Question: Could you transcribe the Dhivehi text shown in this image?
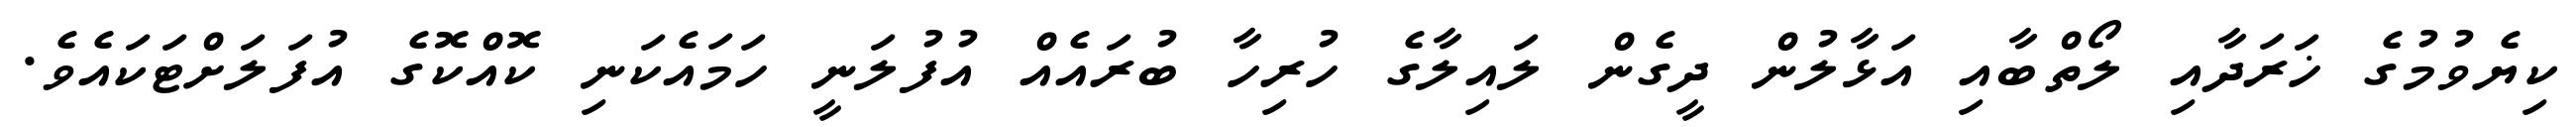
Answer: ކިޔެވުމުގެ ޚަރަދާއި ލޯތްބާއި އަޅާލުން ދީގެން ލައިލާގެ ހުރިހާ ބުރައެއް އުފުލަނީ ހަމައެކަނި ކޮއްކޮގެ އުފަލަށްޓަކައެވެ.